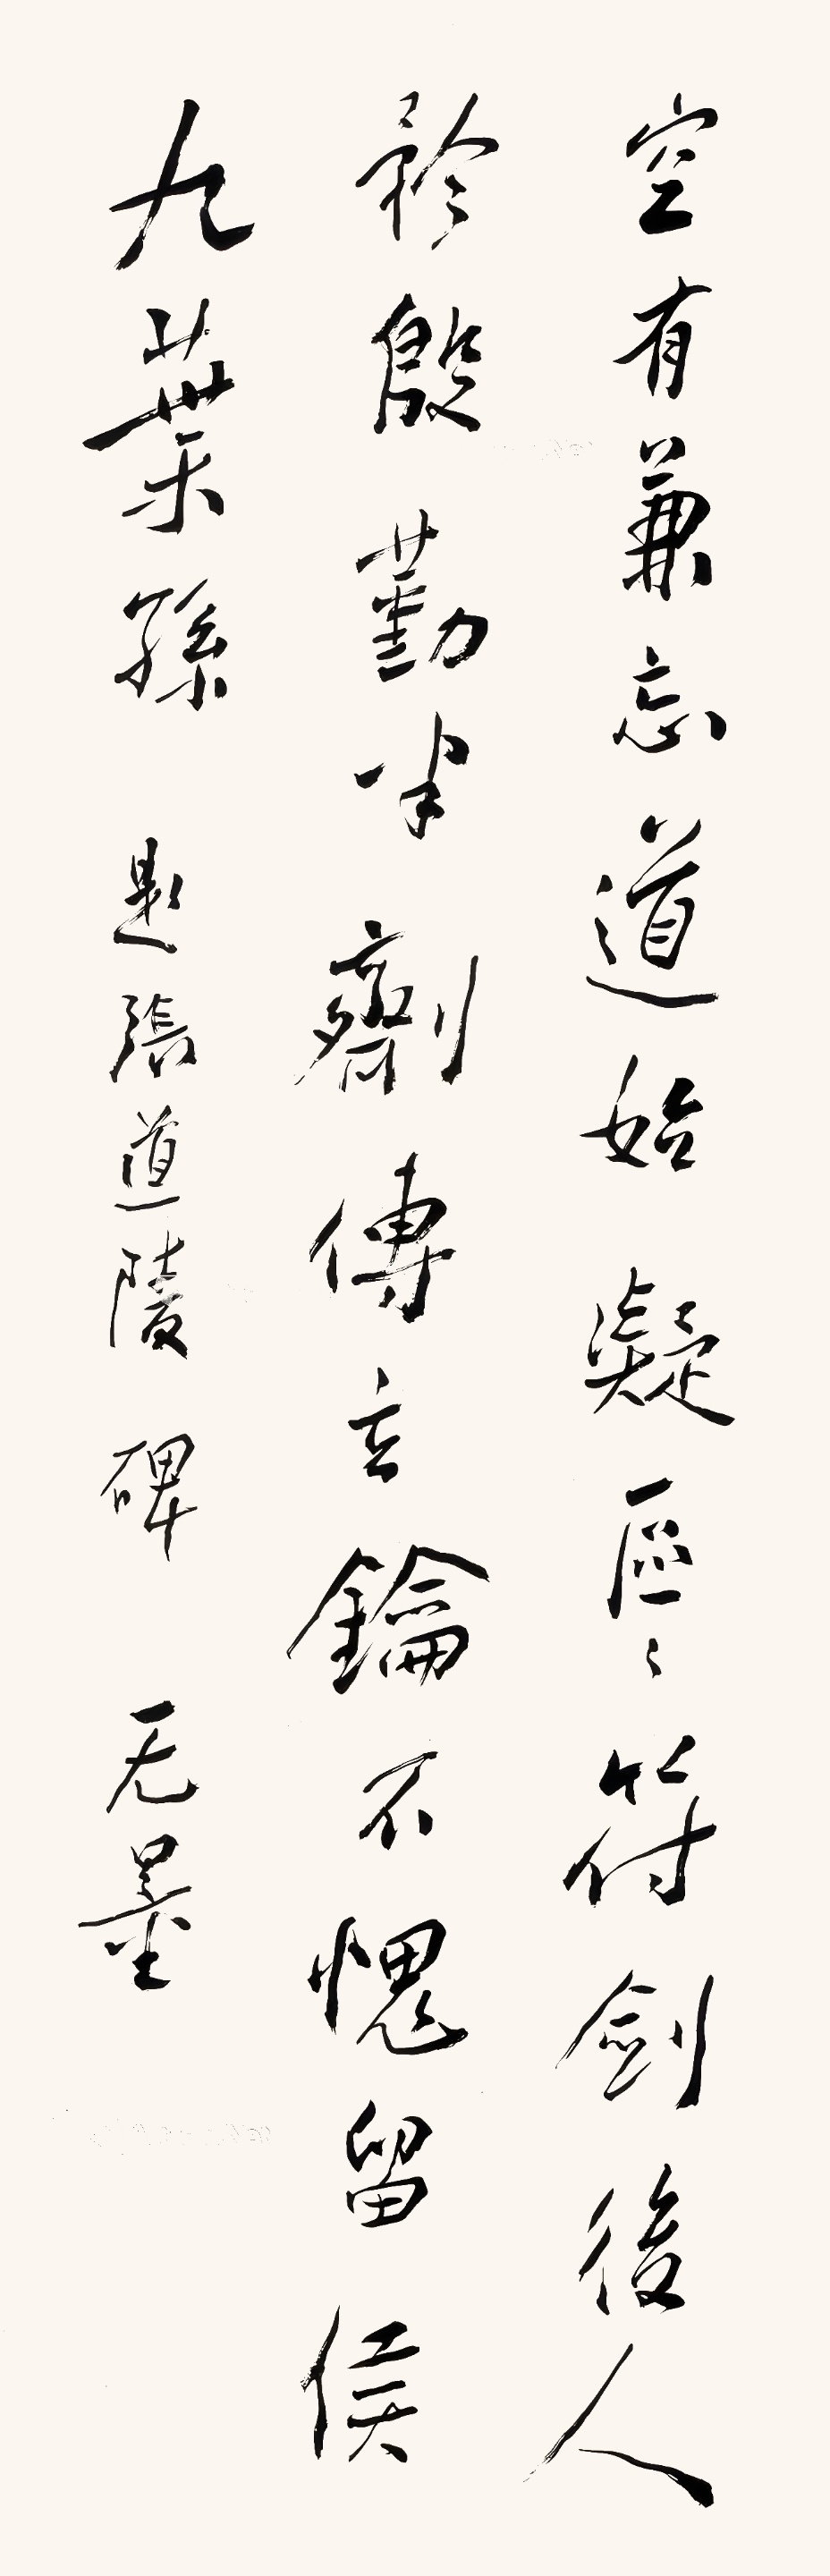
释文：空有兼忘道始凝，区区符剑后人矜。殷勤半剂传立论，不愧留侯九叶孙。题张道陵碑，无量。